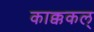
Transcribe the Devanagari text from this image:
काक्ककल्